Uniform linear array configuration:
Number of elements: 12
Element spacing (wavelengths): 0.5
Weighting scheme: kaiser
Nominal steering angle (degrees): -15
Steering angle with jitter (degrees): -16.58
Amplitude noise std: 0.05
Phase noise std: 0.05

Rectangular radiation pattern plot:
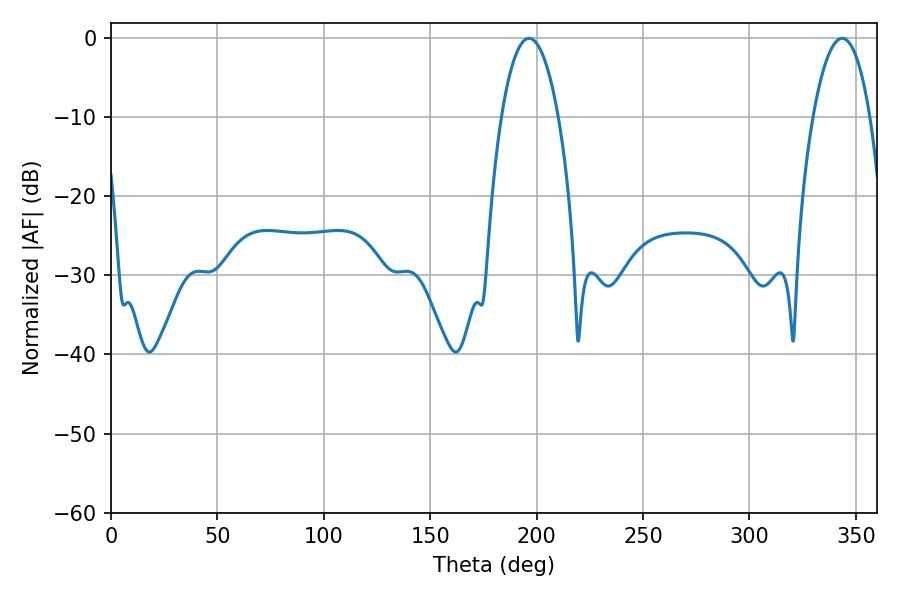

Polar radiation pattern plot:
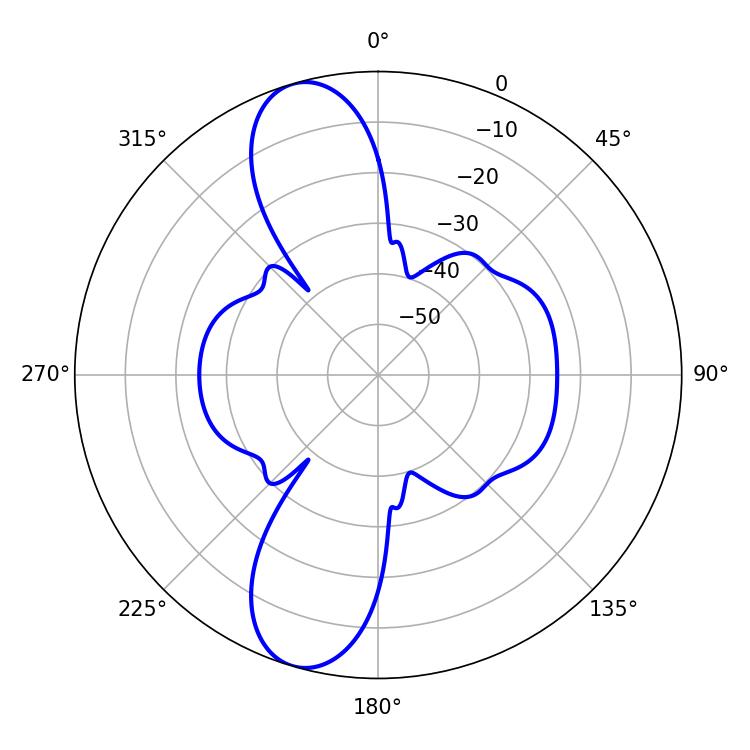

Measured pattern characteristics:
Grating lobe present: FALSE
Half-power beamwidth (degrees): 14.76
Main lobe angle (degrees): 196.38